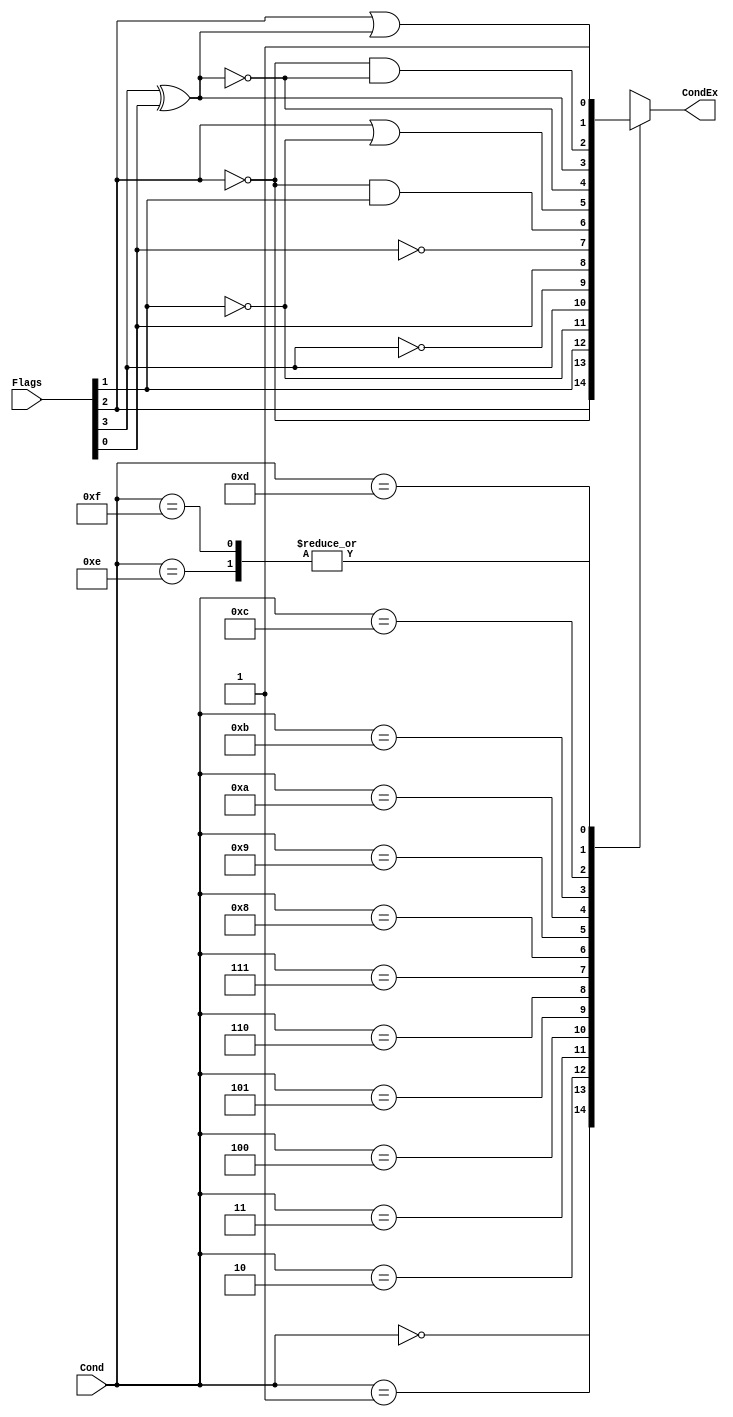
`timescale 1ns / 1ps
//////////////////////////////////////////////////////////////////////////////////
// Company: 
// Engineer: 
// 
// Design Name: 
// Module Name:    ConditionCheck 
// Project Name: 
// Target Devices: 
// Tool versions: 
// Description: 
//
// Dependencies: 
//
// Revision: 
// Revision 0.01 - File Created
// Additional Comments: 
//
//////////////////////////////////////////////////////////////////////////////////
module ConditionCheck(
	input [3:0]Cond,
	input [3:0]Flags, //NZCV
	output reg CondEx=0
    );
	 

	always@*
		case(Cond)
			4'b0000:
				CondEx <= Flags[2]; //Z
			4'b0001:
				CondEx <= ~Flags[2]; //~Z
			4'b0010:
				CondEx <= Flags[1]; //C
			4'b0011:
				CondEx <= ~Flags[1]; //~C
			4'b0100:
				CondEx <= Flags[3]; //N
			4'b0101:
				CondEx <= ~Flags[3]; //~N
			4'b0110:
				CondEx <= Flags[0]; //V
			4'b0111:
				CondEx <= ~Flags[0]; //~V
			4'b1000:
				CondEx <= ~Flags[2] & Flags[1]; //~Z & C
			4'b1001:
				CondEx <= Flags[2] | ~Flags[1]; //Z | ~C
			4'b1010:
				CondEx <= ~(Flags[3] ^ Flags[0]); //~(N^V)
			4'b1011:
				CondEx <= Flags[3] ^ Flags[0]; //N^V
			4'b1100:
				CondEx <= ~Flags[2] & ~(Flags[3] ^ Flags[0]); //~Z & ~(N^V)
			4'b1101:
				CondEx <= Flags[2] | (Flags[3] ^ Flags[0]); //Z | (N^V)
			4'b1110:
				CondEx <= 1'b1;
			4'b1111:
				CondEx <= 1'b1;
		endcase


endmodule